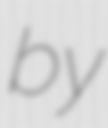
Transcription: by